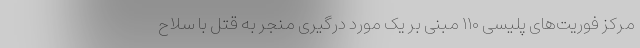
مرکز فوریت‌های پلیسی ۱۱۰ مبنی بر یک مورد درگیری منجر به قتل با سلاح